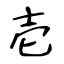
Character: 壱